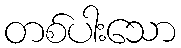
တစ်ပါးသော